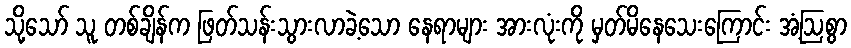
သို့သော် သူ တစ်ချိန်က ဖြတ်သန်းသွားလာခဲ့သော နေရာများ အားလုံးကို မှတ်မိနေသေးကြောင်း အံ့ဩစွာ